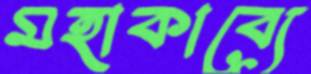
মহাকাব্যে